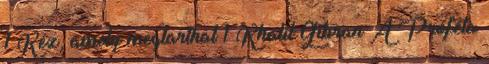
1 Kéz, amely megtarthat 1 Khalil Gibran A Próféta